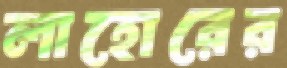
লাহোরের